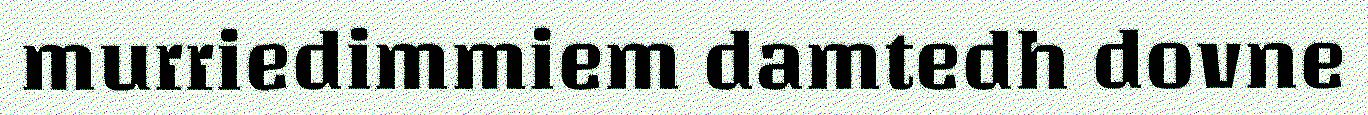
murriedimmiem damtedh dovne